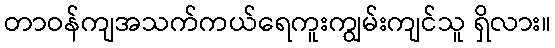
တာဝန်ကျအသက်ကယ်ရေကူးကျွမ်းကျင်သူ ရှိလား။